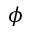
\phi